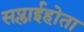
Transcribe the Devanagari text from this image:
सप्लाईहोता